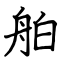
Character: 舶